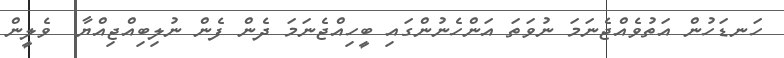
ހަނޑަހުން އަތުވެއްޖެނަމަ ނުވަތަ އަންހެނުންގައި ބީހިއްޖެނަމަ ދެން ފެން ނުލިބިއްޖިއްޔާ  ވެލީން